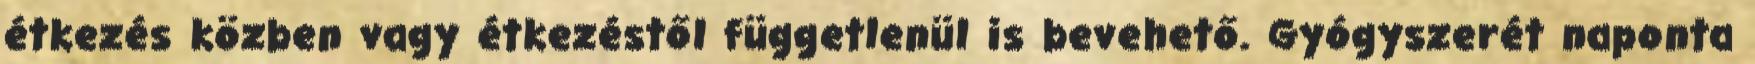
étkezés közben vagy étkezéstől függetlenül is bevehető. Gyógyszerét naponta